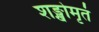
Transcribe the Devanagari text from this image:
शङ्खोमृतं